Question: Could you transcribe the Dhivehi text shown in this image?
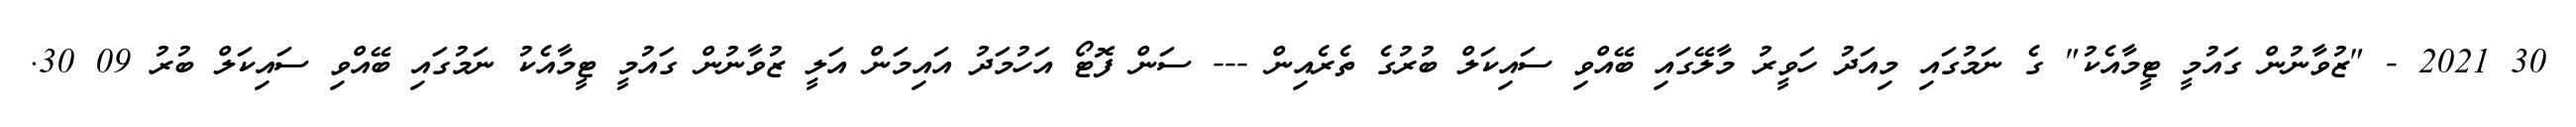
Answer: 30 2021 - "ޒުވާނުން ގައުމީ ޓީމާއެކު" ގެ ނަމުގައި މިއަދު ހަވީރު މާލޭގައި ބޭއްވި ސައިކަލް ބުރުގެ ތެރެއިން --- ސަން ފޮޓޯ އަހުމަދު އައިމަން އަލީ ޒުވާނުން ގައުމީ ޓީމާއެކު ނަމުގައި ބޭއްވި ސައިކަލް ބުރު 09 30.